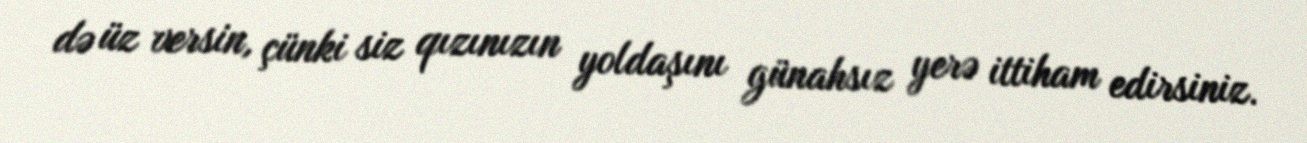
də üz versin, çünki siz qızınızın yoldaşını günahsız yerə ittiham edirsiniz.